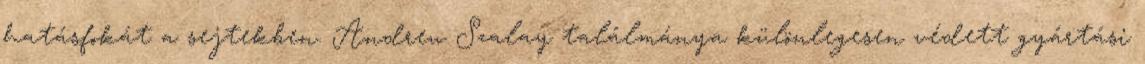
hatásfokát a sejtekben. Andrew Szalay találmánya különlegesen védett gyártási